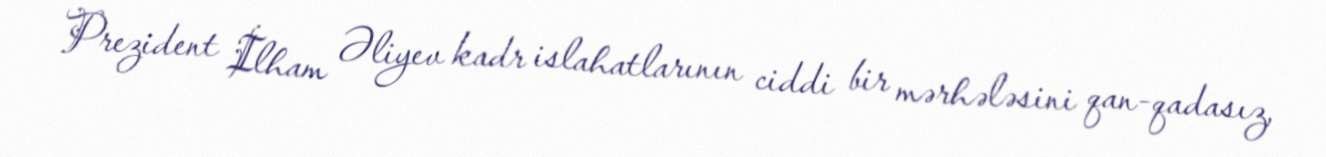
Prezident İlham Əliyev kadr islahatlarının ciddi bir mərhələsini qan-qadasız,